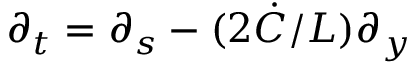
\partial _ { t } = \partial _ { s } - ( 2 \dot { C } / L ) \partial _ { y }